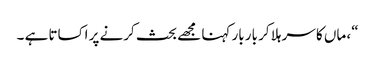
“، ماں کا سر ہلا کر بار بار کہنا مجھے بحث کرنے پر اکساتا ہے ۔